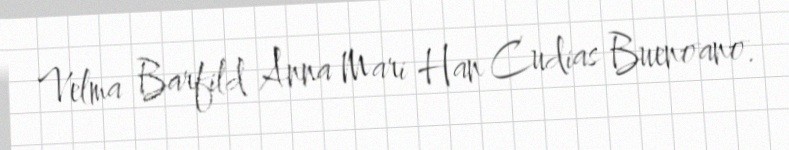
Velma Barfild Anna Mari Han Cudias Buenoano.